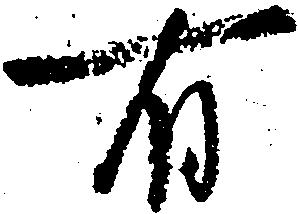
有